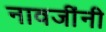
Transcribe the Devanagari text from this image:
नावजींनी